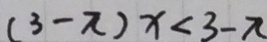
( 3 - \pi ) x < 3 - \pi